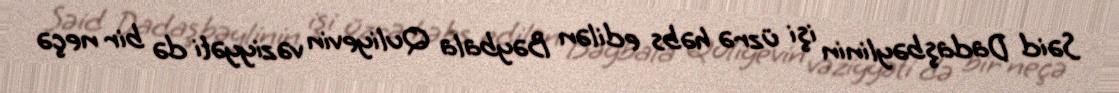
Səid Dadaşbəylinin işi üzrə həbs edilən Bəybala Quliyevin vəziyyəti də bir neçə